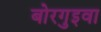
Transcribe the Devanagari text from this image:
बोरगुइवा